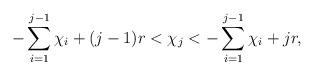
LaTeX: \begin{align*}- \sum\limits_{i=1}^{j-1} \chi_i +(j-1)r < \chi_j < - \sum\limits_{i=1}^{j-1} \chi_i + jr,\end{align*}